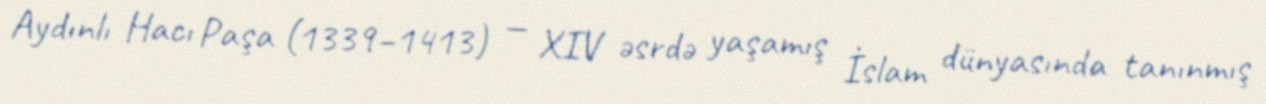
Aydınlı Hacı Paşa (1339–1413) — XIV əsrdə yaşamış İslam dünyasında tanınmış